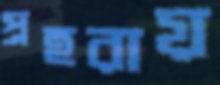
প্রহরায়